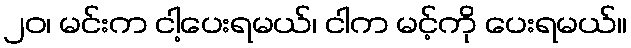
၂၀၊ မင်းက ငါ့ပေးရမယ်၊ ငါက မင့်ကို ပေးရမယ်။